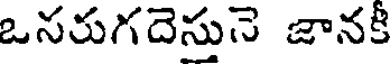
ఒనరుగదెసునె జానకి